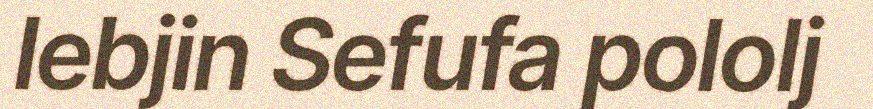
lebjin Sefufa pololj